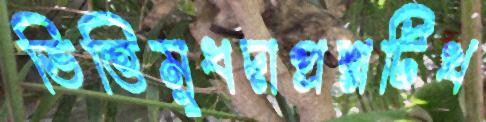
ভিত্তিমুধদাপ্রশ্নটিখ